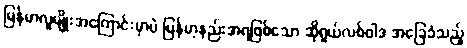
မြန်မာလူမျိုးအကြောင်းမှာပဲ မြန်မာ့နည်းအရဖြစ်သော ဆိုရှယ်လစ်ဝါဒ အခြေခံသည့်